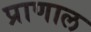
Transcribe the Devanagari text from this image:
प्राणाल